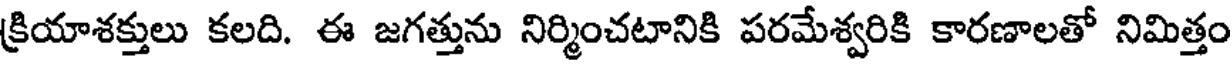
క్రియాశక్తులు కలది. ఈ జగత్తును నిర్మించటానికి పరమేశ్వరికి కారణాలతో నిమిత్తం